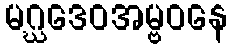
မဂ္ဃဒေဝအမ္ဗဝနေ